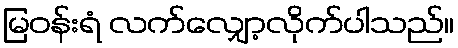
မြဝန်းရံ လက်လျှော့လိုက်ပါသည်။